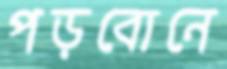
পড়বোনে